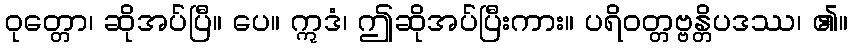
ဝုတ္တော၊ ဆိုအပ်ပြီ။ ပေ။ ဣဒံ၊ ဤဆိုအပ်ပြီးကား။ ပရိဝတ္တဗ္ဗန္တိပဒဿ၊ ၏။